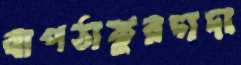
বাপঠাকুরদাদা